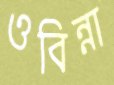
ওবিন্না